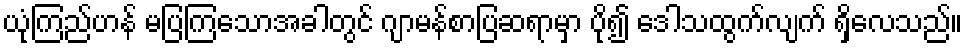
ယုံကြည်ဟန် မပြကြသောအခါတွင် ဂျာမန်စာပြဆရာမှာ ပို၍ ဒေါသထွက်လျက် ရှိလေသည်။